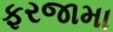
ફરજામા